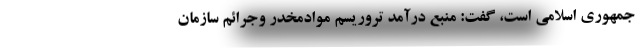
جمهوری اسلامی است، گفت: منبع درآمد تروریسم موادمخدر وجرائم سازمان